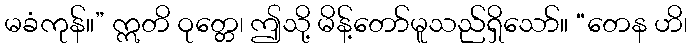
မခံကုန်။” ဣတိ ဝုတ္တေ၊ ဤသို့ မိန့်တော်မူသည်ရှိသော်။ “တေန ဟိ၊